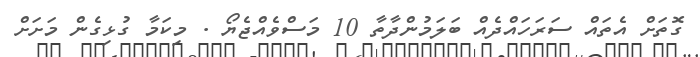
ގޮތަށް އެތައް ސަރަހައްދެއް ބަލަމުންދާތާ 10 މަސްވެއްޖެޔޯ . މިކަމާ ގުޅިގެން މަށަށް